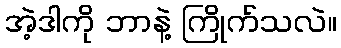
အဲ့ဒါကို ဘာနဲ့ ကြိုက်သလဲ။